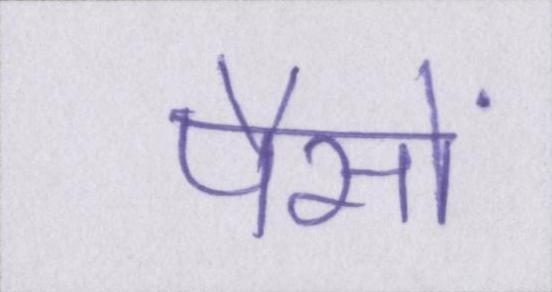
पैसों